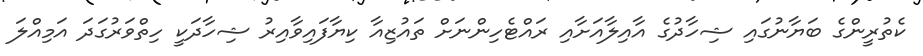
ކެތުރީންގެ ބަޔާނުގައި ޝިހާދުގެ އާއިލާއަށާއި ރައްޓެހިންނަށް ތައުޒިއާ ކިޔާފައިވާއިރު ޝިހާދަކީ ހިތްވަރުގަދަ އަމިއްލަ